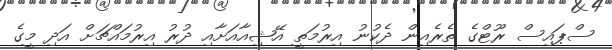
ސްޕައިސް ރޫޓްގެ ތެރެއިން ދެކުނު އިރުމަތީ އޭޝިއާއަށާއި ދުރު އިރުމައްޗަށް އަދި މީގެ